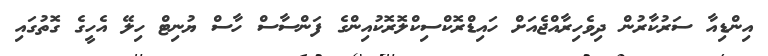
އިންޑިއާ ސަރުކާރުން ދިވެހިރާއްޖެއަށް ހައިޑްރޮކްސިކްލޮރޮކުއިންގެ ފަންސާސް ހާސް ޔުނިޓް ހިލޭ އެހީގެ ގޮތުގައި